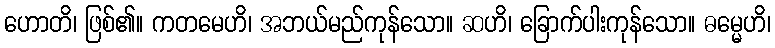
ဟောတိ၊ ဖြစ်၏။ ကတမေဟိ၊ အဘယ်မည်ကုန်သော။ ဆဟိ၊ ခြောက်ပါးကုန်သော။ ဓမ္မေဟိ၊